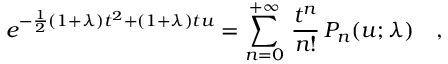
e ^ { - \frac { 1 } { 2 } ( 1 + \lambda ) t ^ { 2 } + ( 1 + \lambda ) t u } = \sum _ { n = 0 } ^ { + \infty } \, \frac { t ^ { n } } { n ! } \, P _ { n } ( u ; \lambda ) \ \ \ ,